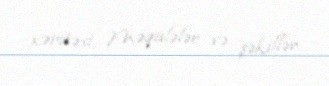
xəritəsi, Məqalələr və şəkillər.